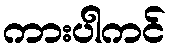
ကားပါကင်